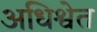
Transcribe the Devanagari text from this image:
अधिश्वेत